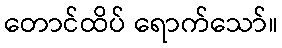
တောင်ထိပ် ရောက်သော်။